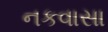
નકવાસા